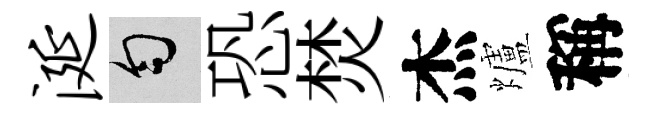
涎匀恐焚杰爐稱